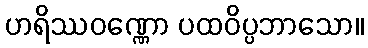
ဟရိဿဝဏ္ဏော ပထဝိပ္ပဘာသော။